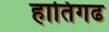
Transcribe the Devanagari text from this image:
हातिगढ